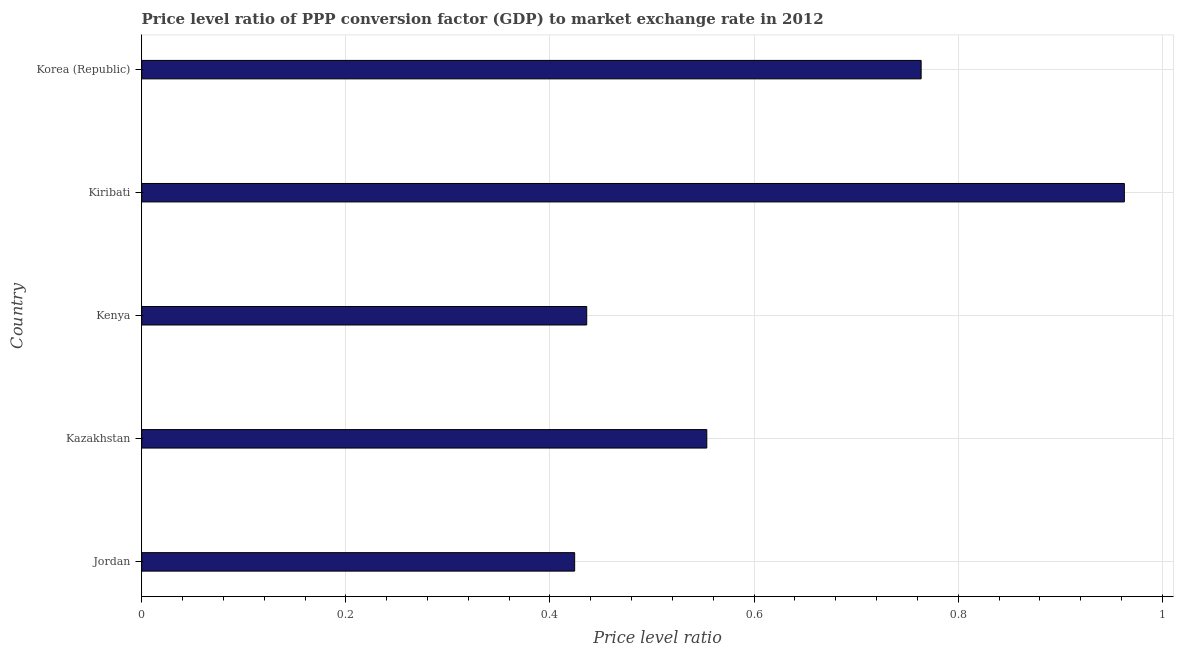
| Country | Price level ratio |
 | --- | --- |
 | Jordan | 0.424 |
 | Kazakhstan | 0.554 |
 | Kenya | 0.436 |
 | Kiribati | 0.963 |
 | Korea (Republic) | 0.764 |